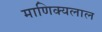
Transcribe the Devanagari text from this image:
माणिक्यलाल